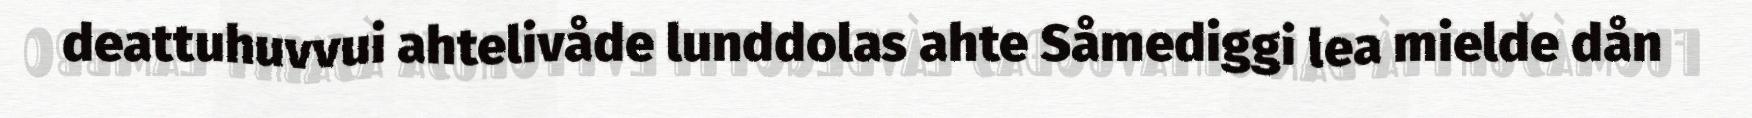
deattuhuvvui ahtelivåde lunddolas ahte Såmediggi lea mielde dån